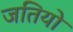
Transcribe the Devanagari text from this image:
जतियो